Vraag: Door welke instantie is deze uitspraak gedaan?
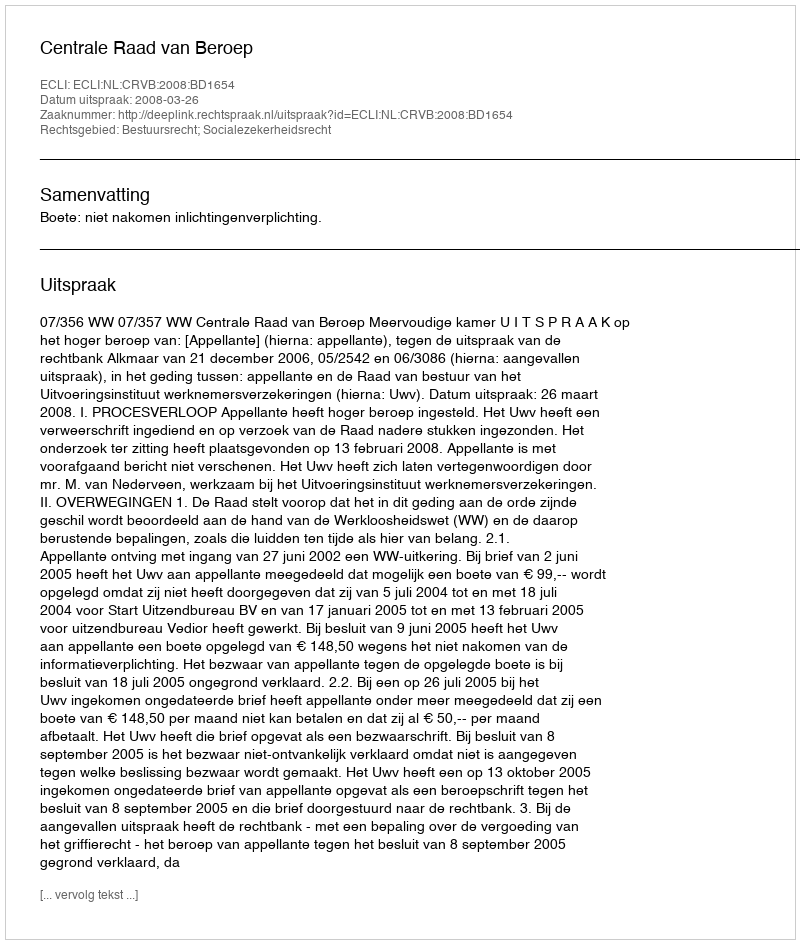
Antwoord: Centrale Raad van Beroep